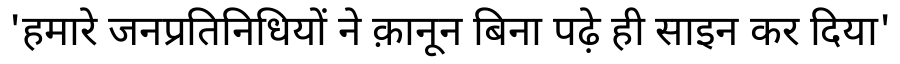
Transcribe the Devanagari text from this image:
'हमारे जनप्रतिनिधियों ने क़ानून बिना पढ़े ही साइन कर दिया'